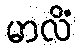
မာလိံ